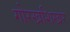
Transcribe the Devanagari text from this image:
गोरखशिखर